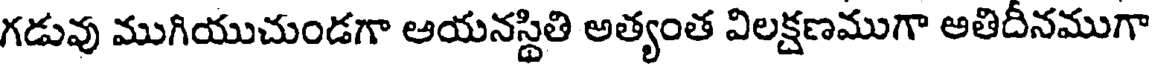
గడువు ముగియుచుండగా ఆయనస్థితి అత్యంత విలక్షణముగా అతిదీనముగా